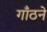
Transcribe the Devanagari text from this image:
गाँठने